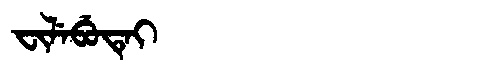
Manchu: ᠸᡳᠯᡝᠪᡠᡨᡝᡳ
Romanization: FILEBUTEI